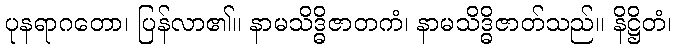
ပုနရာဂတော၊ ပြန်လာ၏။ နာမသိဒ္ဓိဇာတကံ၊ နာမသိဒ္ဓိဇာတ်သည်။ နိဋ္ဌိတံ၊